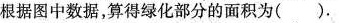
根据图中数据，算得绿化部分的面积为().